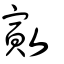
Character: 㪦